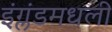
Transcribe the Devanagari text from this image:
इंग्लंडमधली